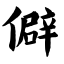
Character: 僻